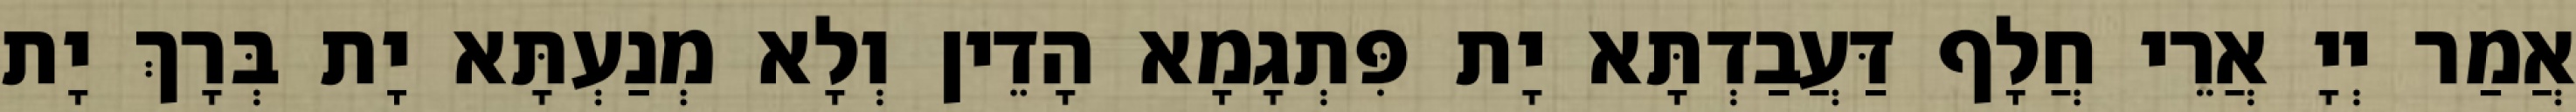
אֲמַר יְיָ אֲרֵי חֲלָף דַּעֲבַדְתָּא יָת פִּתְגָמָא הָדֵין וְלָא מְנַעְתָּא יָת בְּרָךְ יָת